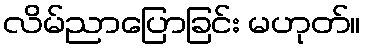
လိမ်ညာပြောခြင်း မဟုတ်။